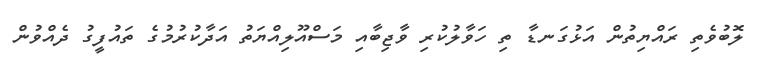
ލޮބުވެތި ރައްޔިތުން އަޅުގަނޑާ ތި ހަވާލުކުރި ވާޖިބާއި މަސްއޫލިއްޔަތު އަދާކުރުމުގެ ތައުފީގު ދެއްވުން